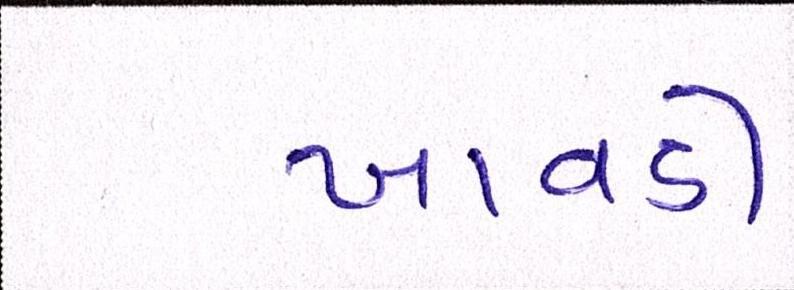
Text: ખાવડી